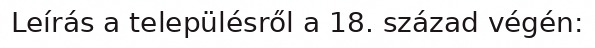
Leírás a településről a 18. század végén: